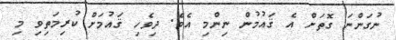
ނުގަންނަ ގޮތަށް އެ ޤައުމުން ނިންމި އެވެ. ދިވެހި ޤައުމަށް ކުރިމަތިވި މި